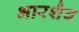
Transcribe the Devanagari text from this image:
भारशैव